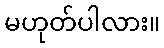
မဟုတ်ပါလား။